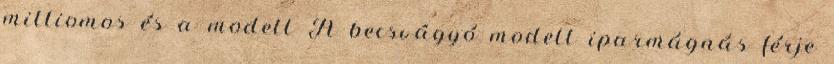
milliomos és a modell A becsvágyó modell iparmágnás férje